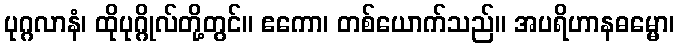
ပုဂ္ဂလာနံ၊ ထိုပုဂ္ဂိုလ်တို့တွင်။ ဧကော၊ တစ်ယောက်သည်။ အပရိဟာနဓမ္မော၊